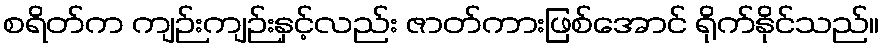
စရိတ်က ကျဉ်းကျဉ်းနှင့်လည်း ဇာတ်ကားဖြစ်အောင် ရိုက်နိုင်သည်။